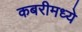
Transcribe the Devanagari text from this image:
कबरीमध्ये